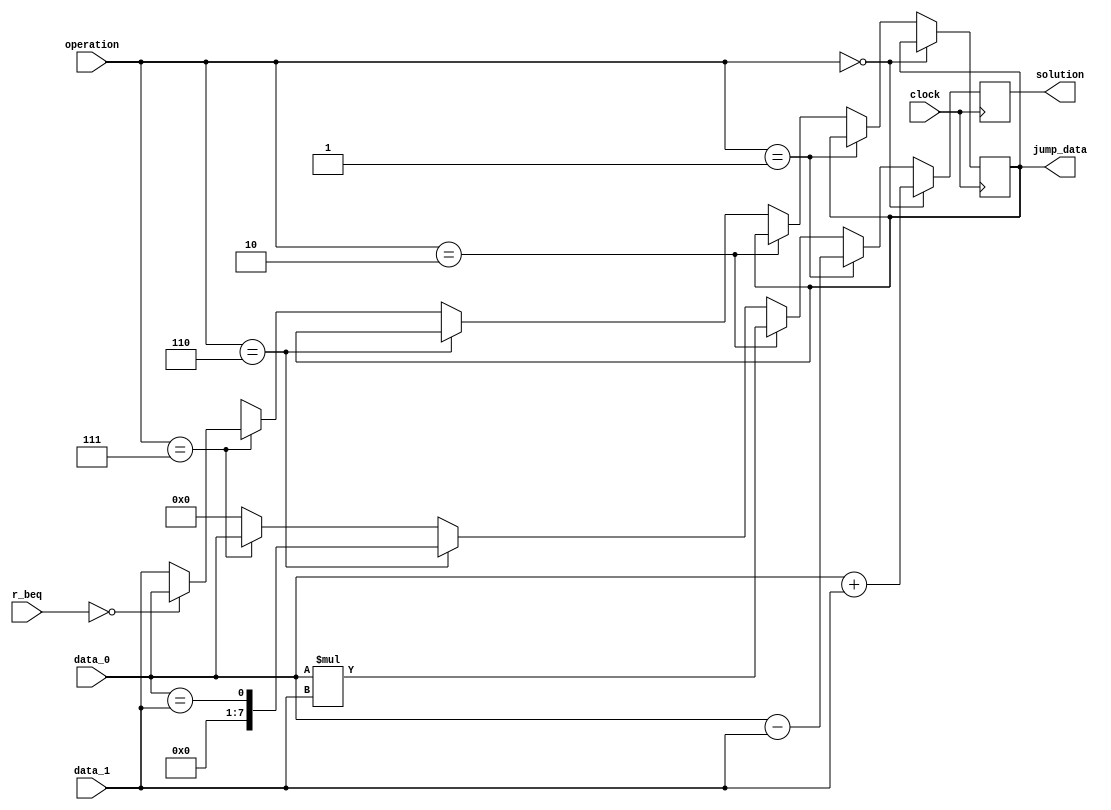


/* 
			****************************
			*  8bits nRisc processor   *
			*         Pipeline         *
			*       Arithmetic         *
			*          logic           *
			*          unity           *
			*                          *
			*    github.com/t4rcisio   *
			****************************
*/




module alu(clock, operation, data_0, data_1, r_beq, jump_data, solution);

input clock;
input [2:0] operation;
input [7:0] data_0;
input [7:0] data_1;
input [7:0] r_beq;


output reg [7:0] jump_data;
output reg [7:0] solution;


reg [7:0] temp_solution;
reg pipeline;

initial pipeline = 0;

always @(posedge clock) begin

	if(operation == 3'b000 && pipeline == 0) begin // SUM
		solution = data_0 + data_1;
	end
	else
	if(operation == 3'b001 && pipeline == 0) begin // SUB
		solution = data_0 - data_1;
	end
	else
	if(operation == 3'b010 && pipeline == 0) begin // MUL
		solution = data_0 * data_1;
	end
	else
	if(operation == 3'b110 && pipeline == 0) begin // BEQ
		solution = data_0 == data_1;
	end
	else
	if(operation == 3'b111 && pipeline == 0) begin // BNZ
		if(r_beq == 0)
			jump_data = data_0;
		else
			jump_data = data_1;
		
		solution = data_0;
	end
	else begin
		solution  = 8'b00000000;
		jump_data = 8'b1xxxxxxx;
	end
end

endmodule